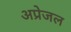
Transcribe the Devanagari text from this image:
अप्रेजल